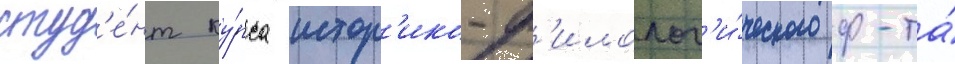
студ'е́нт ку́рса истор'ико-ф'илолог'и́ческого ф-та́